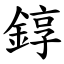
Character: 錞